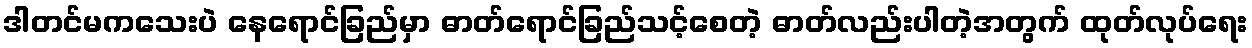
ဒါတင်မကသေးပဲ နေရောင်ခြည်မှာ ဓာတ်ရောင်ခြည်သင့်စေတဲ့ ဓာတ်လည်းပါတဲ့အတွက် ထုတ်လုပ်ရေး